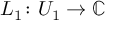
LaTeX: L _ { 1 } \colon U _ { 1 } \to \mathbb { C }